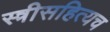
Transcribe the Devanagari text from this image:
स्त्रीसहित्यच